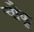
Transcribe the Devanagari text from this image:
चौकू